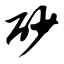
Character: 砂